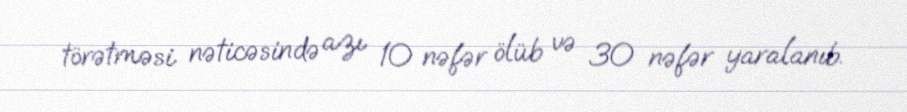
törətməsi nəticəsində azı 10 nəfər ölüb və 30 nəfər yaralanıb.